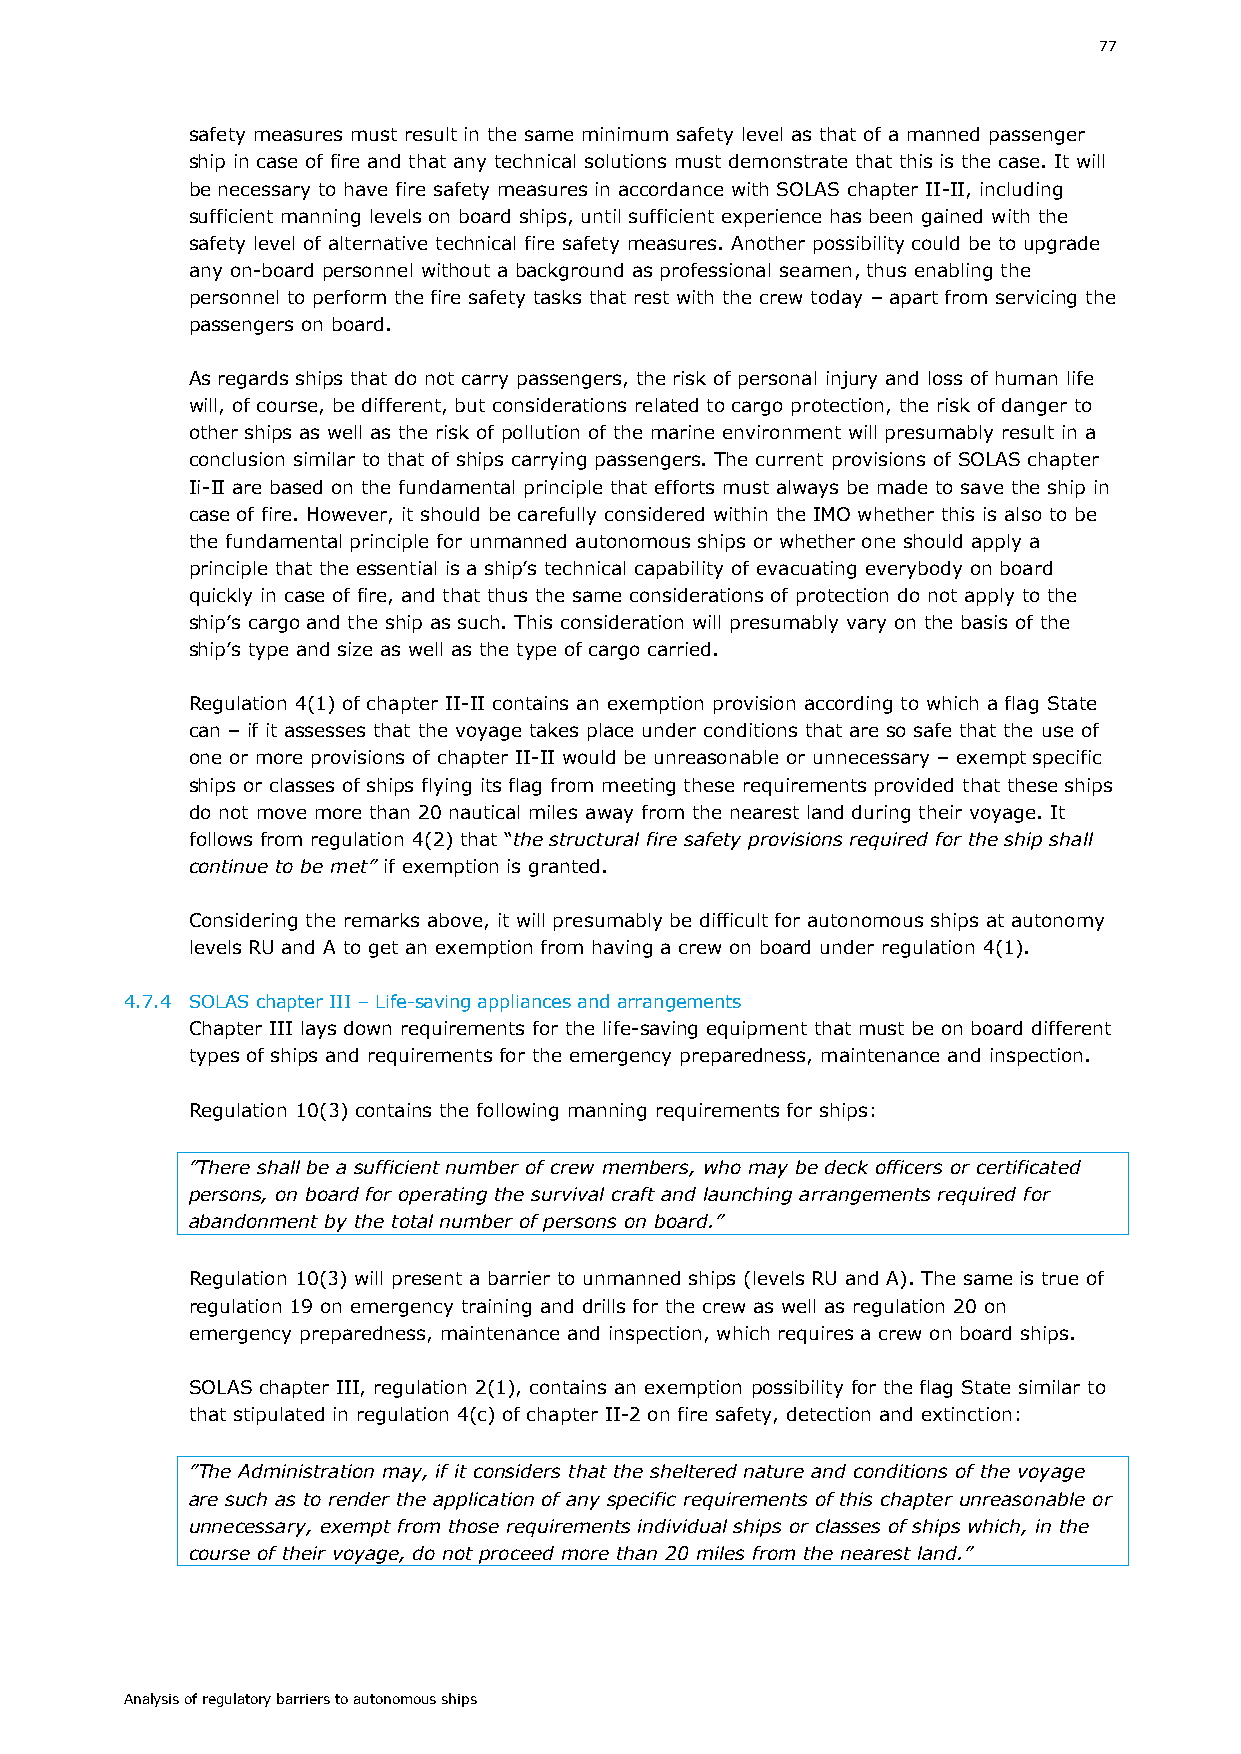
77
 safety measures must result in the same minimum safety level as that of a manned passenger
 ship in case of fire and that any technical solutions must demonstrate that this is the case. It will
 be necessary to have fire safety measures in accordance with SOLAS chapter II-II, including
 sufficient manning levels on board ships, until sufficient experience has been gained with the
 safety level of alternative technical fire safety measures. Another possibility could be to upgrade
 any on-board personnel without a background as professional seamen, thus enabling the
 personnel to perform the fire safety tasks that rest with the crew today – apart from servicing the
 passengers on board.
 As regards ships that do not carry passengers, the risk of personal injury and loss of human life
 will, of course, be different, but considerations related to cargo protection, the risk of danger to
 other ships as well as the risk of pollution of the marine environment will presumably result in a
 conclusion similar to that of ships carrying passengers. The current provisions of SOLAS chapter
 Ii-II are based on the fundamental principle that efforts must always be made to save the ship in
 case of fire. However, it should be carefully considered within the IMO whether this is also to be
 the fundamental principle for unmanned autonomous ships or whether one should apply a
 principle that the essential is a ship’s technical capability of evacuating everybody on board
 quickly in case of fire, and that thus the same considerations of protection do not apply to the
 ship’s cargo and the ship as such. This consideration will presumably vary on the basis of the
 ship’s type and size as well as the type of cargo carried.
 Regulation 4(1) of chapter II-II contains an exemption provision according to which a flag State
 can – if it assesses that the voyage takes place under conditions that are so safe that the use of
 one or more provisions of chapter II-II would be unreasonable or unnecessary – exempt specific
 ships or classes of ships flying its flag from meeting these requirements provided that these ships
 do not move more than 20 nautical miles away from the nearest land during their voyage. It
 follows from regulation 4(2) that “the structural fire safety provisions required for the ship shall
 continue to be met” if exemption is granted.
 Considering the remarks above, it will presumably be difficult for autonomous ships at autonomy
 levels RU and A to get an exemption from having a crew on board under regulation 4(1).
 4.7.4 SOLAS chapter III – Life-saving appliances and arrangements
 Chapter III lays down requirements for the life-saving equipment that must be on board different
 types of ships and requirements for the emergency preparedness, maintenance and inspection.
 Regulation 10(3) contains the following manning requirements for ships:
 ”There shall be a sufficient number of crew members, who may be deck officers or certificated
 persons, on board for operating the survival craft and launching arrangements required for
 abandonment by the total number of persons on board.”
 Regulation 10(3) will present a barrier to unmanned ships (levels RU and A). The same is true of
 regulation 19 on emergency training and drills for the crew as well as regulation 20 on
 emergency preparedness, maintenance and inspection, which requires a crew on board ships.
 SOLAS chapter III, regulation 2(1), contains an exemption possibility for the flag State similar to
 that stipulated in regulation 4(c) of chapter II-2 on fire safety, detection and extinction:
 ”The Administration may, if it considers that the sheltered nature and conditions of the voyage
 are such as to render the application of any specific requirements of this chapter unreasonable or
 unnecessary, exempt from those requirements individual ships or classes of ships which, in the
 course of their voyage, do not proceed more than 20 miles from the nearest land.”
 Analysis of regulatory barriers to autonomous ships